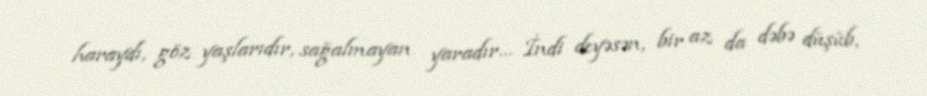
haraydı, göz yaşlarıdır, sağalmayan yaradır… İndi deyəsən, bir az da dəbə düşüb,